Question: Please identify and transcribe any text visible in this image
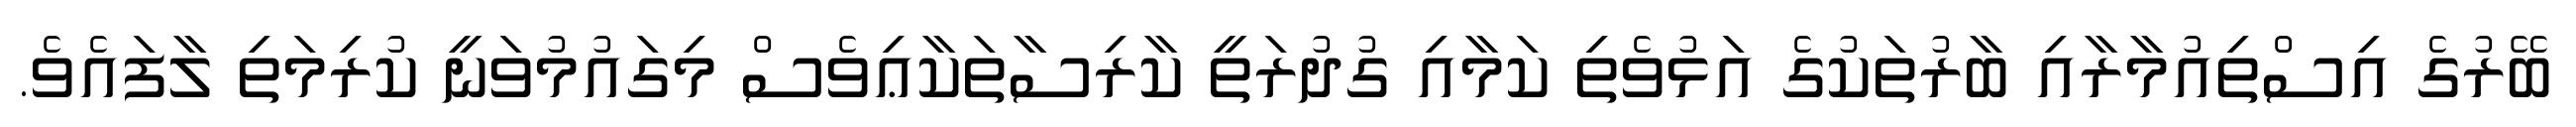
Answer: ބޭރުގެ އިސްތިއުމާރާއި ބާރުތަކުގެ އަޅުވެތި ކަމާއި ގުދުރަތީ ކާރިސާތަކާޢިވެސް މިގައުމުވަނީ ކުރިމަތި ލާފައެވެ.